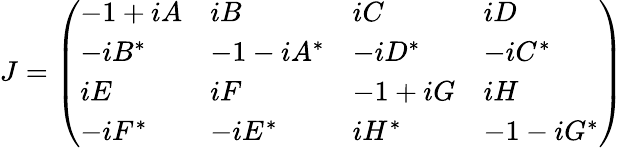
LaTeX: J=\left(\begin{array}{llll}{-1+iA}&{iB}&{iC}&{iD}\\ {-iB^{*}}&{-1-iA^{*}}&{-iD^{*}}&{-iC^{*}}\\ {iE}&{iF}&{-1+iG}&{iH}\\ {-iF^{*}}&{-iE^{*}}&{iH^{*}}&{-1-iG^{*}}\end{array}\right)